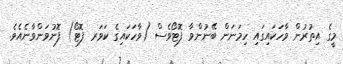
މީގެ އިތުރުން ވާހަކައިގައި ހިމަނަން ބޭނުންވާ ފޮޓޯވެސް (ވާހަކައިގެ ކަވަރ ފޮޓޯ) ފޮނުވަންވާނެއެވެ.